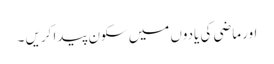
اور ماضی کی یادوں میں سکون پیدا کریں ۔